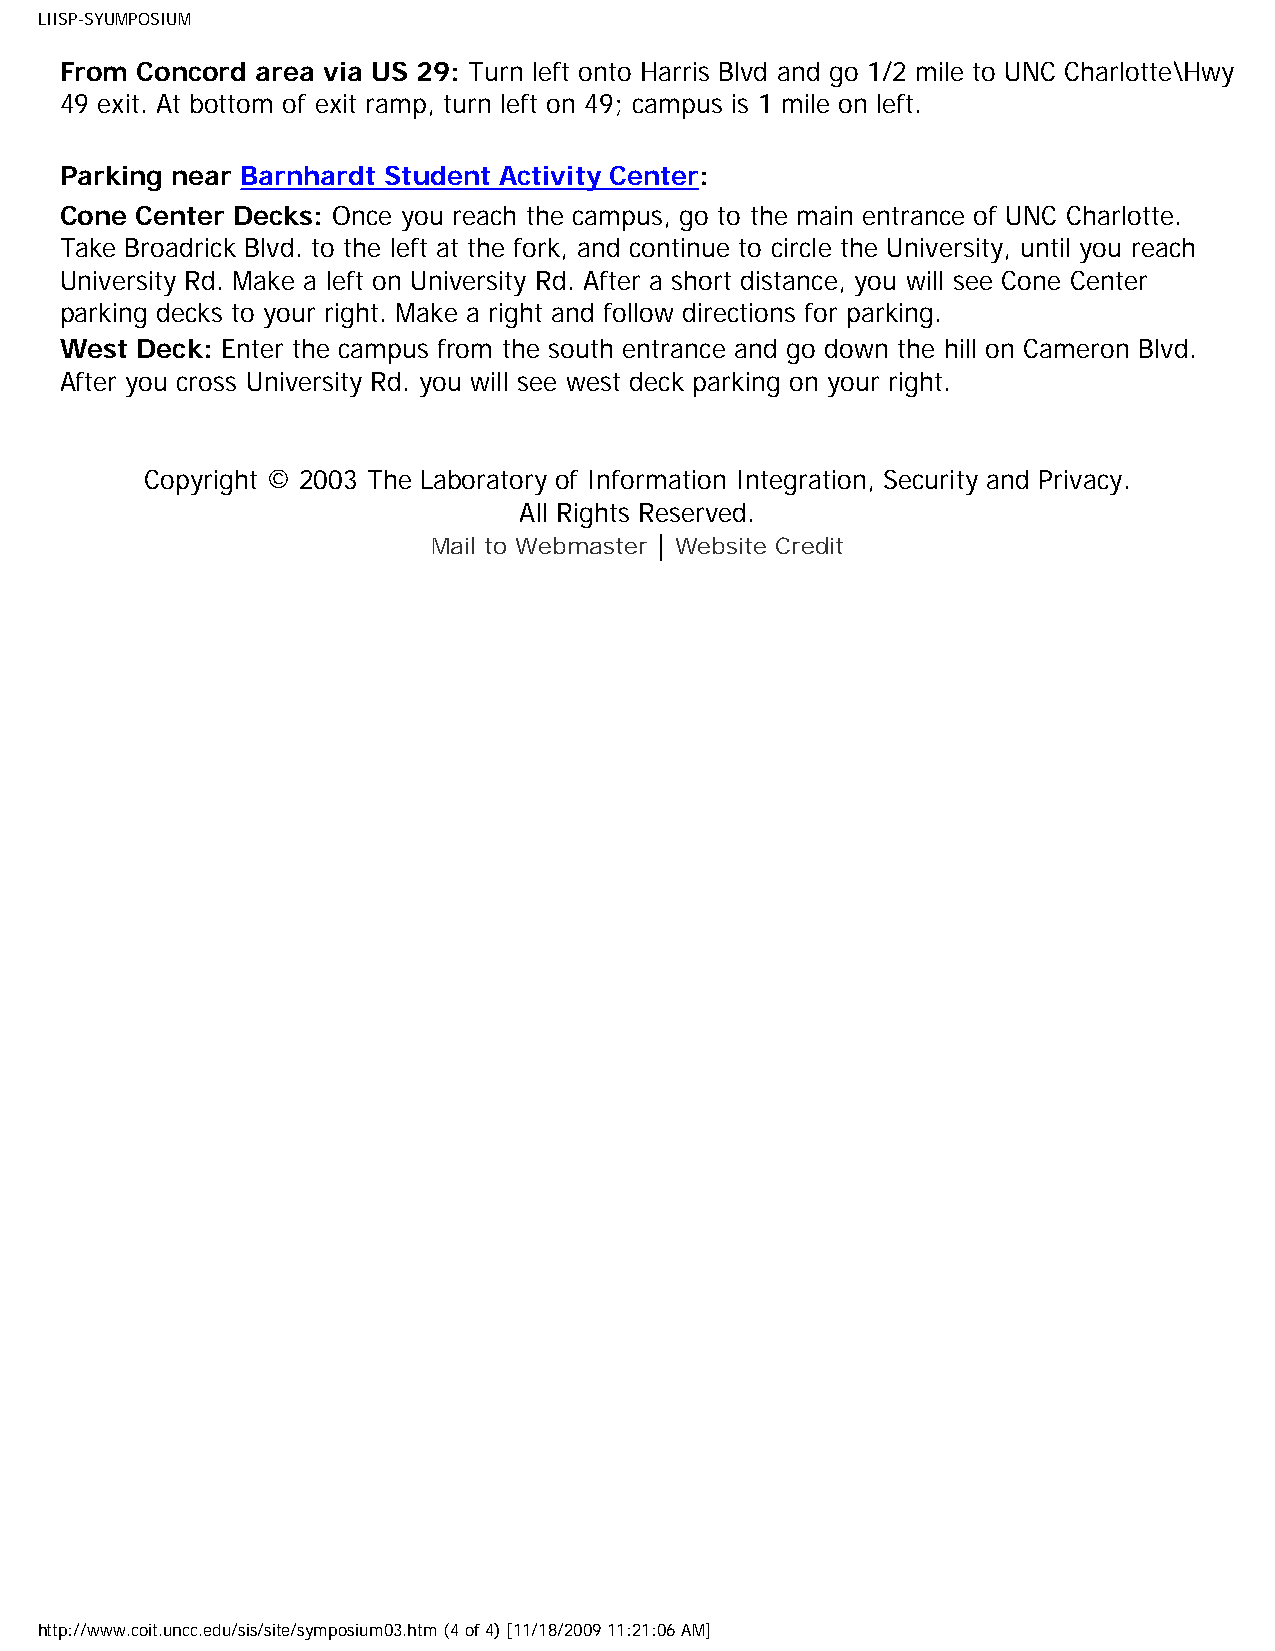
LIISP-SYUMPOSIUM
 From Concord area via US 29: Turn left onto Harris Blvd and go 1/2 mile to UNC Charlotte\Hwy
 49 exit. At bottom of exit ramp, turn left on 49; campus is 1 mile on left.
 Parking near Barnhardt Student Activity Center:
 Cone Center Decks: Once you reach the campus, go to the main entrance of UNC Charlotte.
 Take Broadrick Blvd. to the left at the fork, and continue to circle the University, until you reach
 University Rd. Make a left on University Rd. After a short distance, you will see Cone Center
 parking decks to your right. Make a right and follow directions for parking.
 West Deck: Enter the campus from the south entrance and go down the hill on Cameron Blvd.
 After you cross University Rd. you will see west deck parking on your right.
 Copyright © 2003 The Laboratory of Information Integration, Security and Privacy.
 All Rights Reserved.
 Mail to Webmaster | Website Credit
 http://www.coit.uncc.edu/sis/site/symposium03.htm (4 of 4) [11/18/2009 11:21:06 AM]